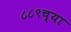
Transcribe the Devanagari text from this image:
८८९च्या